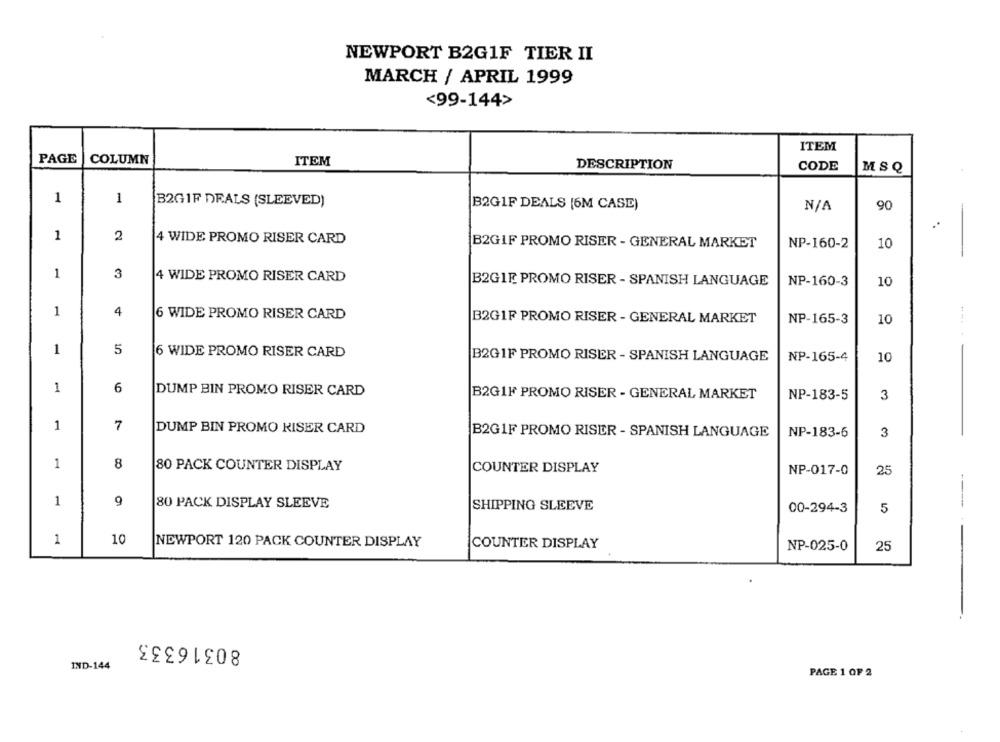
NEWPORT B2G1F TIER II
MARCH / APRIL 1999
<99-144>
ITEM
PAGE
COLUMN
ITEM
DESCRIPTION
CODE
MSQ
1
1
B2GIF DEALS (SLEEVED)
B2G1F DEALS [6M CASE)
90
1
2
4 WIDE PROMO RISER CARD
B2GIF PROMO RISER - GENERAL MARKET
NP-160-2
10
1
3
4 WIDE PROMO RISER CARD
B2G1E PROMO RISER - SPANISH LANGUAGE
NP-160-3
10
1
4
6 WIDE PROMO RISER CARD
B2G1F PROMO RISER - GENERAL MARKET
NP-165-3
10
5
1
6 WIDE PROMO RISER CARD
NP-165-4
B2G1F PROMO RISER - SPANISH LANGUAGE
10
1
6
DUMP BIN PROMO RISER CARD
B2G1F PROMO RISER - GENERAL MARKET
NP-183-5
3
1
7
DUMP BIN PROMO RISER CARD
B2GIF PROMO RISER - SPANISH LANGUAGE
NP-183-6
3
1
8
80 PACK COUNTER DISPLAY
COUNTER DISPLAY
NP-017-0
25
1
9
80 PACK DISPLAY SLEEVE
SHIPPING SLEEVE
00-294-3
5
-----
1
10
NEWPORT 120 PACK COUNTER DISPLAY
COUNTER DISPLAY
NP-025-0
25
80316333
IND-144
PAGE 1 OF 2